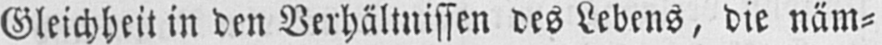
Gleichheit in den Verhältnissen des Lebens, die näm⸗